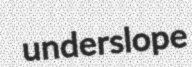
underslope